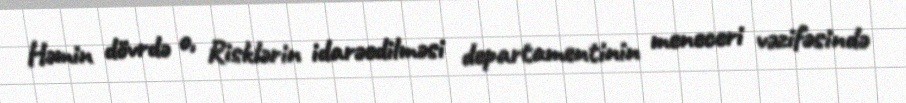
Həmin dövrdə o, Risklərin idarəedilməsi departamentinin meneceri vəzifəsində